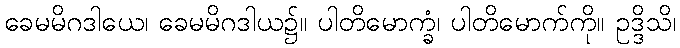
ခေမမိဂဒါယေ၊ ခေမမိဂဒါယ၌။ ပါတိမောက္ခံ၊ ပါတိမောက်ကို။ ဥဒ္ဒိသိ၊